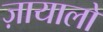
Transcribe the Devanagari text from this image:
ज़ायालो